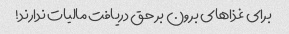
برای غذاهای برون بر حق دریافت مالیات ندارند!